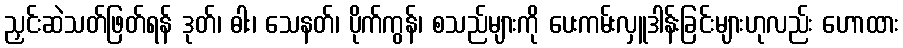
ညှင်းဆဲသတ်ဖြတ်ရန် ဒုတ်၊ ဓါး၊ သေနတ်၊ ပိုက်ကွန်၊ စသည်များကို ပေးကမ်းလှူဒါန်းခြင်းများဟုလည်း ဟောထား